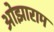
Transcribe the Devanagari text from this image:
ओझाराम